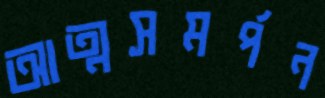
আত্মসমর্পন